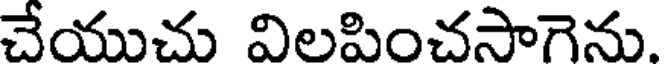
చేయుచు విలపించసాగెను.